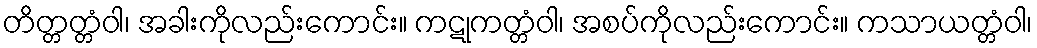
တိတ္တတ္တံဝါ၊ အခါးကိုလည်းကောင်း။ ကဋုကတ္တံဝါ၊ အစပ်ကိုလည်းကောင်း။ ကသာယတ္တံဝါ၊